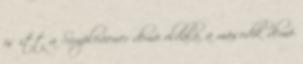
is itt a Simpleviewer demó oldala, a második demó